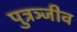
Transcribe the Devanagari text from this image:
पुत्रञ्जीव